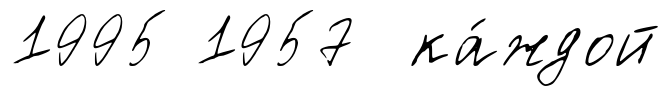
1995 1957 ка́ждой